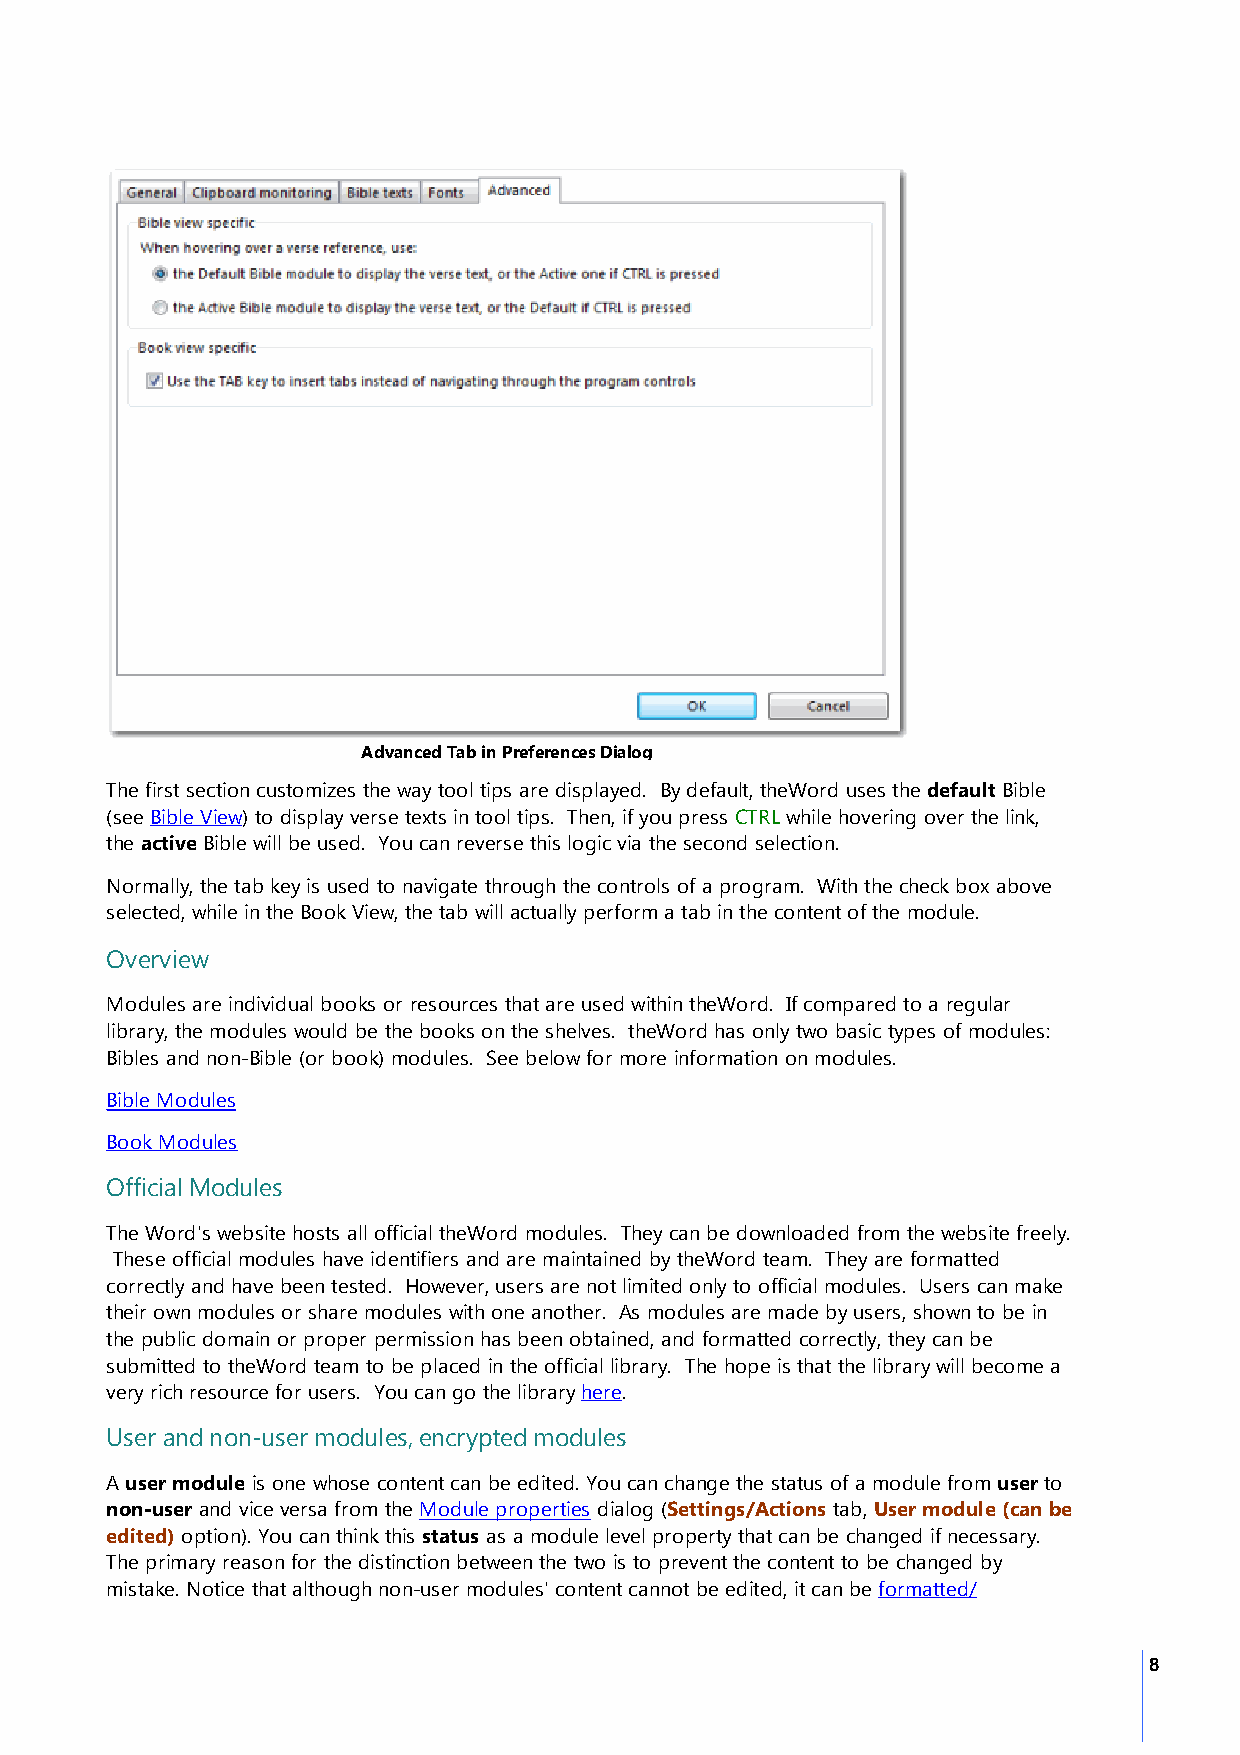
Advanced Tab in Preferences Dialog
 The first section customizes the way tool tips are displayed. By default, theWord uses the default Bible
 (see Bible View) to display verse texts in tool tips. Then, if you press CTRL while hovering over the link,
 the active Bible will be used. You can reverse this logic via the second selection.
 Normally, the tab key is used to navigate through the controls of a program. With the check box above
 selected, while in the Book View, the tab will actually perform a tab in the content of the module.
 Overview
 Modules are individual books or resources that are used within theWord. If compared to a regular
 library, the modules would be the books on the shelves. theWord has only two basic types of modules:
 Bibles and non-Bible (or book) modules. See below for more information on modules.
 Bible Modules
 Book Modules
 Official Modules
 The Word's website hosts all official theWord modules. They can be downloaded from the website freely.
 These official modules have identifiers and are maintained by theWord team. They are formatted
 correctly and have been tested. However, users are not limited only to official modules. Users can make
 their own modules or share modules with one another. As modules are made by users, shown to be in
 the public domain or proper permission has been obtained, and formatted correctly, they can be
 submitted to theWord team to be placed in the official library. The hope is that the library will become a
 very rich resource for users. You can go the library here.
 User and non-user modules, encrypted modules
 A user module is one whose content can be edited. You can change the status of a module from user to
 non-user and vice versa from the Module properties dialog (Settings/Actions tab, User module (can be
 edited) option). You can think this status as a module level property that can be changed if necessary.
 The primary reason for the distinction between the two is to prevent the content to be changed by
 mistake. Notice that although non-user modules' content cannot be edited, it can be formatted/
 8